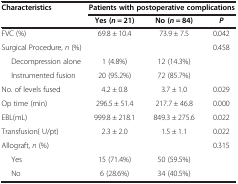
<table><thead><tr><td rowspan="2"><b>Characteristics</b></td><td colspan="3"><b>Patients with postoperative complications</b></td></tr><tr><td><b>Yes (<i>n</i> = 21)</b></td><td><b>No (<i>n</i> = 84)</b></td><td><b><i>P</i></b></td></tr></thead><tbody><tr><td>FVC (%)</td><td>69.8 ± 10.4</td><td>73.9 ± 7.5</td><td>0.042</td></tr><tr><td>Surgical Procedure, <i>n</i> (%)</td><td> </td><td> </td><td>0.458</td></tr><tr><td>Decompression alone</td><td>1 (4.8%)</td><td>12 (14.3%)</td><td> </td></tr><tr><td>Instrumented fusion</td><td>20 (95.2%)</td><td>72 (85.7%)</td><td> </td></tr><tr><td>No. of levels fused</td><td>4.2 ± 0.8</td><td>3.7 ± 1.0</td><td>0.029</td></tr><tr><td>Op time (min)</td><td>296.5 ± 51.4</td><td>217.7 ± 46.8</td><td>0.000</td></tr><tr><td>EBL(mL)</td><td>999.8 ± 218.1</td><td>849.3 ± 275.6</td><td>0.022</td></tr><tr><td>Transfusion( U/pt)</td><td>2.3 ± 2.0</td><td>1.5 ± 1.1</td><td>0.022</td></tr><tr><td>Allograft, <i>n</i> (%)</td><td> </td><td> </td><td>0.315</td></tr><tr><td>Yes</td><td>15 (71.4%)</td><td>50 (59.5%)</td><td> </td></tr><tr><td>No</td><td>6 (28.6%)</td><td>34 (40.5%)</td><td> </td></tr></tbody></table>